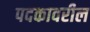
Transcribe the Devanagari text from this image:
पदकावरील